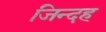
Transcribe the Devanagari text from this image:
जिन्दह